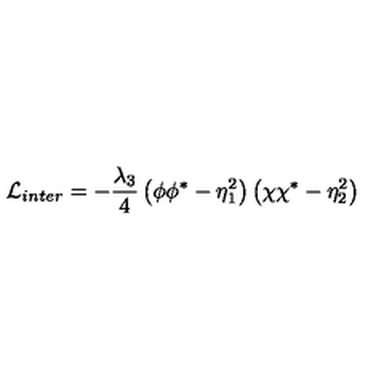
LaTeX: { \cal L } _ { i n t e r } = - \frac { \lambda _ { 3 } } { 4 } \left( \phi \phi ^ { * } - \eta _ { 1 } ^ { 2 } \right) \left( \chi \chi ^ { * } - \eta _ { 2 } ^ { 2 } \right)